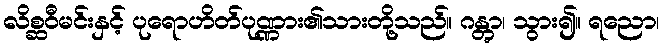
လိစ္ဆဝီမင်းနှင့် ပုရောဟိတ်ပုဏ္ဏား၏သားတို့သည်။ ဂန္တွာ၊ သွား၍။ ရညော၊